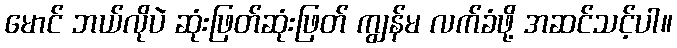
မောင် ဘယ်လိုပဲ ဆုံးဖြတ်ဆုံးဖြတ် ကျွန်မ လက်ခံဖို့ အဆင်သင့်ပါ။